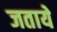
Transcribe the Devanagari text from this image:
जताये